Civil Veterinary Department Bihar & Orissa reports 1922-29 - 1922-1929
Year: 1922
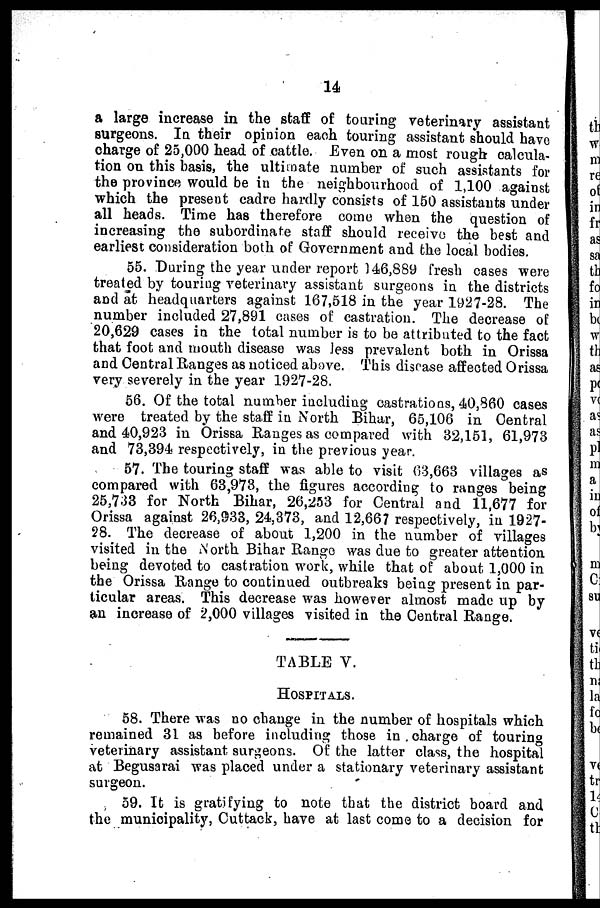
14
a large increase in the staff of touring veterinary assistant
surgeons. In their opinion each touring assistant should have
charge of 25,000 head of cattle. Even on a most rough calcula-
tion on this basis, the ultimate number of such assistants for
the province would be in the neighbourhood of 1,100 against
which the present cadre hardly consists of 150 assistants under
all heads. Time has therefore come when the question of
increasing the subordinate staff should receive the best and
earliest consideration both of Government and the local bodies.
55. During the year under report 146,889 fresh cases were
treated by touring veterinary assistant surgeons in the districts
and at headquarters against 167,518 in the year 1927-28. The
number included 27,891 cases of castration. The decrease of
20,629 cases in the total number is to be attributed to the fact
that foot and mouth disease was Jess prevalent both in Orissa
and Central Ranges as noticed above. This disrase affected Orissa
very severely in the year 1927-28.
56. Of the total number including castratioas, 40,860 cases
were treated by the staff in North Bihar, 65,106 in Central
and 40,923 in Orissa Ranges as compared with 32,151, 61,973
and 73,394 respectively, in the previous year.
57. The touring staff was able to visit 63,663 villages as
compared with 63,973, the figures according to ranges being
25,733 for North Bihar, 26,253 for Central and 11,677 for
Orissa against 26,933, 24,373, and 12,667 respectively, in 1927-
28. The decrease of about 1,200 in the number of villages
visited in the North Bihar Range was due to greater attention
being devoted to castration work, while that of about 1,000 in
the Orissa Range to continued outbreaks being present in par-
ticular areas. This decrease was however almost made up by
an increase of 2,000 villages visited in the Central Range.
TABLE V.
HOSPITALS.
58. There was no change in the number of hospitals which
remained 31 as before including those in charge of touring
veterinary assistant surgeons. Of the latter class, the hospital
at Begusarai was placed under a stationary veterinary assistant
surgeon.
59. It is gratifying to note that the district board and
the municipality, Cuttack, have at last come to a decision for